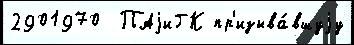
2901970  ПАjиГК пр'изыва́вшуjу